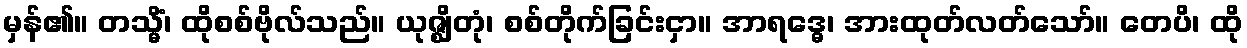
မှန်၏။ တသ္မိံ၊ ထိုစစ်ဗိုလ်သည်။ ယုဇ္ဈိတုံ၊ စစ်တိုက်ခြင်းငှာ။ အာရဒ္ဓေ၊ အားထုတ်လတ်သော်။ တေပိ၊ ထို